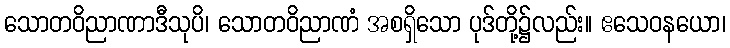
သောတဝိညာဏာဒီသုပိ၊ သောတဝိညာဏံ အစရှိသော ပုဒ်တို့၌လည်း။ ဧသေဝနယော၊